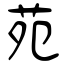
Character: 苑